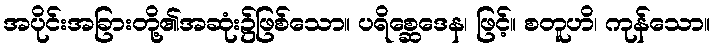
အပိုင်းအခြားတို့၏အဆုံး၌ဖြစ်သော။ ပရိစ္ဆေဒေန၊ ဖြင့်။ စတူဟိ၊ ကုန်သော။